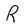
Character: R